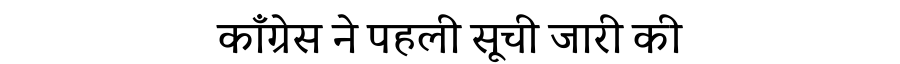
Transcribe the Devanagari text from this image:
काँग्रेस ने पहली सूची जारी की